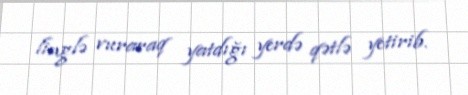
linglə vuraraq yatdığı yerdə qətlə yetirib.